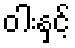
ဝါးနှင့်